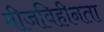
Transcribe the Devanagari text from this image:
बीजविहीनता